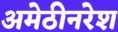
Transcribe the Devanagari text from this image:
अमेठीनरेश